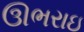
ઊભરાઇ